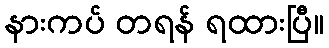
နားကပ် တရန် ရထားပြီ။